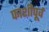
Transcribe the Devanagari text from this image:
फाशीपूर्व